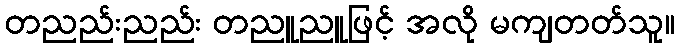
တညည်းညည်း တညူညူဖြင့် အလို မကျတတ်သူ။